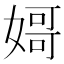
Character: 𡟵